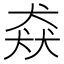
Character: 猋